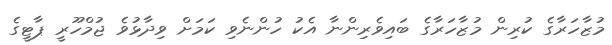
މުޒާހަރާގެ ކުރިން މުޒާހަރާގެ ބައިވެރިންނާ އެކު ހުންނެވި ކަމަށް ވިދާޅުވެ ޖުމްހޫރީ ޕާޓީގެ